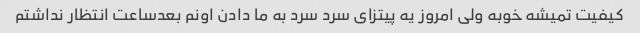
کیفیت تمیشه خوبه ولی امروز یه پیتزای سرد سرد به ما دادن اونم بعدساعت انتظار نداشتم